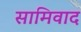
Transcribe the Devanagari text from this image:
सामिवाद